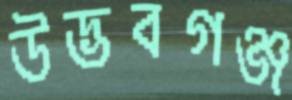
উদ্ভবগঞ্জ